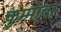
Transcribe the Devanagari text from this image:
कुम्माबा